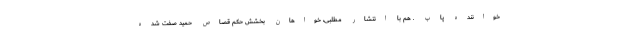
خواننده پاپ ـ هم با انتشار مطلبی، خواهان بخشش حکم قصاص حمید صفت شده